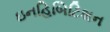
ઇનહિબિટિશન